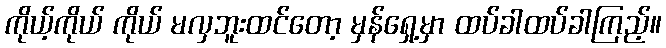
ကိုယ့်ကိုယ် ကိုယ် မလှဘူးထင်တော့ မှန်ရှေ့မှာ ထပ်ခါထပ်ခါကြည့်။